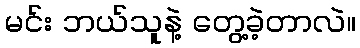
မင်း ဘယ်သူနဲ့ တွေ့ခဲ့တာလဲ။